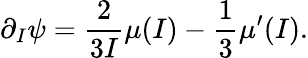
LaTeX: \partial_{I}\psi=\frac{2}{3I}\mu(I)-\frac{1}{3}\mu^{\prime}(I).